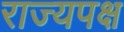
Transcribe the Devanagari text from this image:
राज्यपक्ष